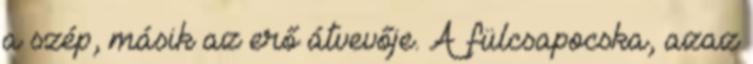
a szép, másik az erő átvevője. A fülcsapocska, azaz